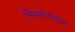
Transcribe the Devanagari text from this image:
निसर्गलेखन